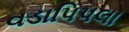
વડાપિપલા